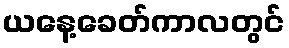
ယနေ့ခေတ်ကာလတွင်